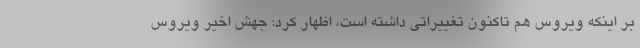
بر اینکه ویروس هم تاکنون تغییراتی داشته است، اظهار کرد: جهش اخیر ویروس